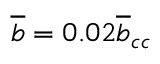
\overline { { b } } = 0 . 0 2 \overline { { b } } _ { c c }